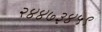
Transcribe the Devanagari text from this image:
२४४७३४५९